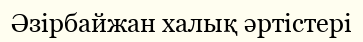
Әзірбайжан халық әртістері